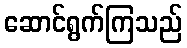
ဆောင်ရွက်ကြသည်